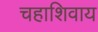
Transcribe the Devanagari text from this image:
चहाशिवाय